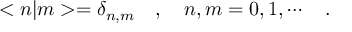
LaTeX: < n | m > = \delta _ { n , m } \ \ \ , \ \ \ n , m = 0 , 1 , \cdots \ \ \ .